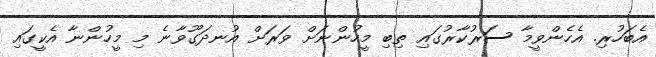
އެބަހުރި. އެހެންވީމާ ސަރުކާރުގައި ތިބި މީހުންނަށް ވަރަށް އުނދަގޫވާނެ މި މީހުންނާ އެކީގައި